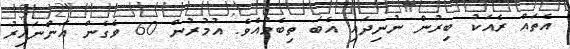
އެތައް ރެއަކު ބިރުން ނުނިދައި އެބަ ތިބެމުއެވެ. އުމުރުން 60 ވެގެން އަންނައިރު